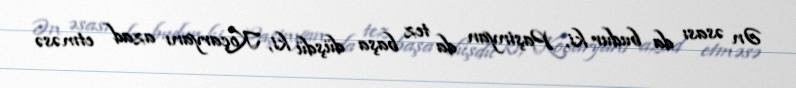
Ən əsası da budur ki, Paşinyan da tez başa düşdü ki, Koçaryanı azad etməsə